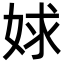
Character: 㛏